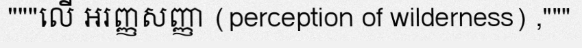
"""លើ អរញ្ញសញ្ញា (perception of wilderness) ,"""